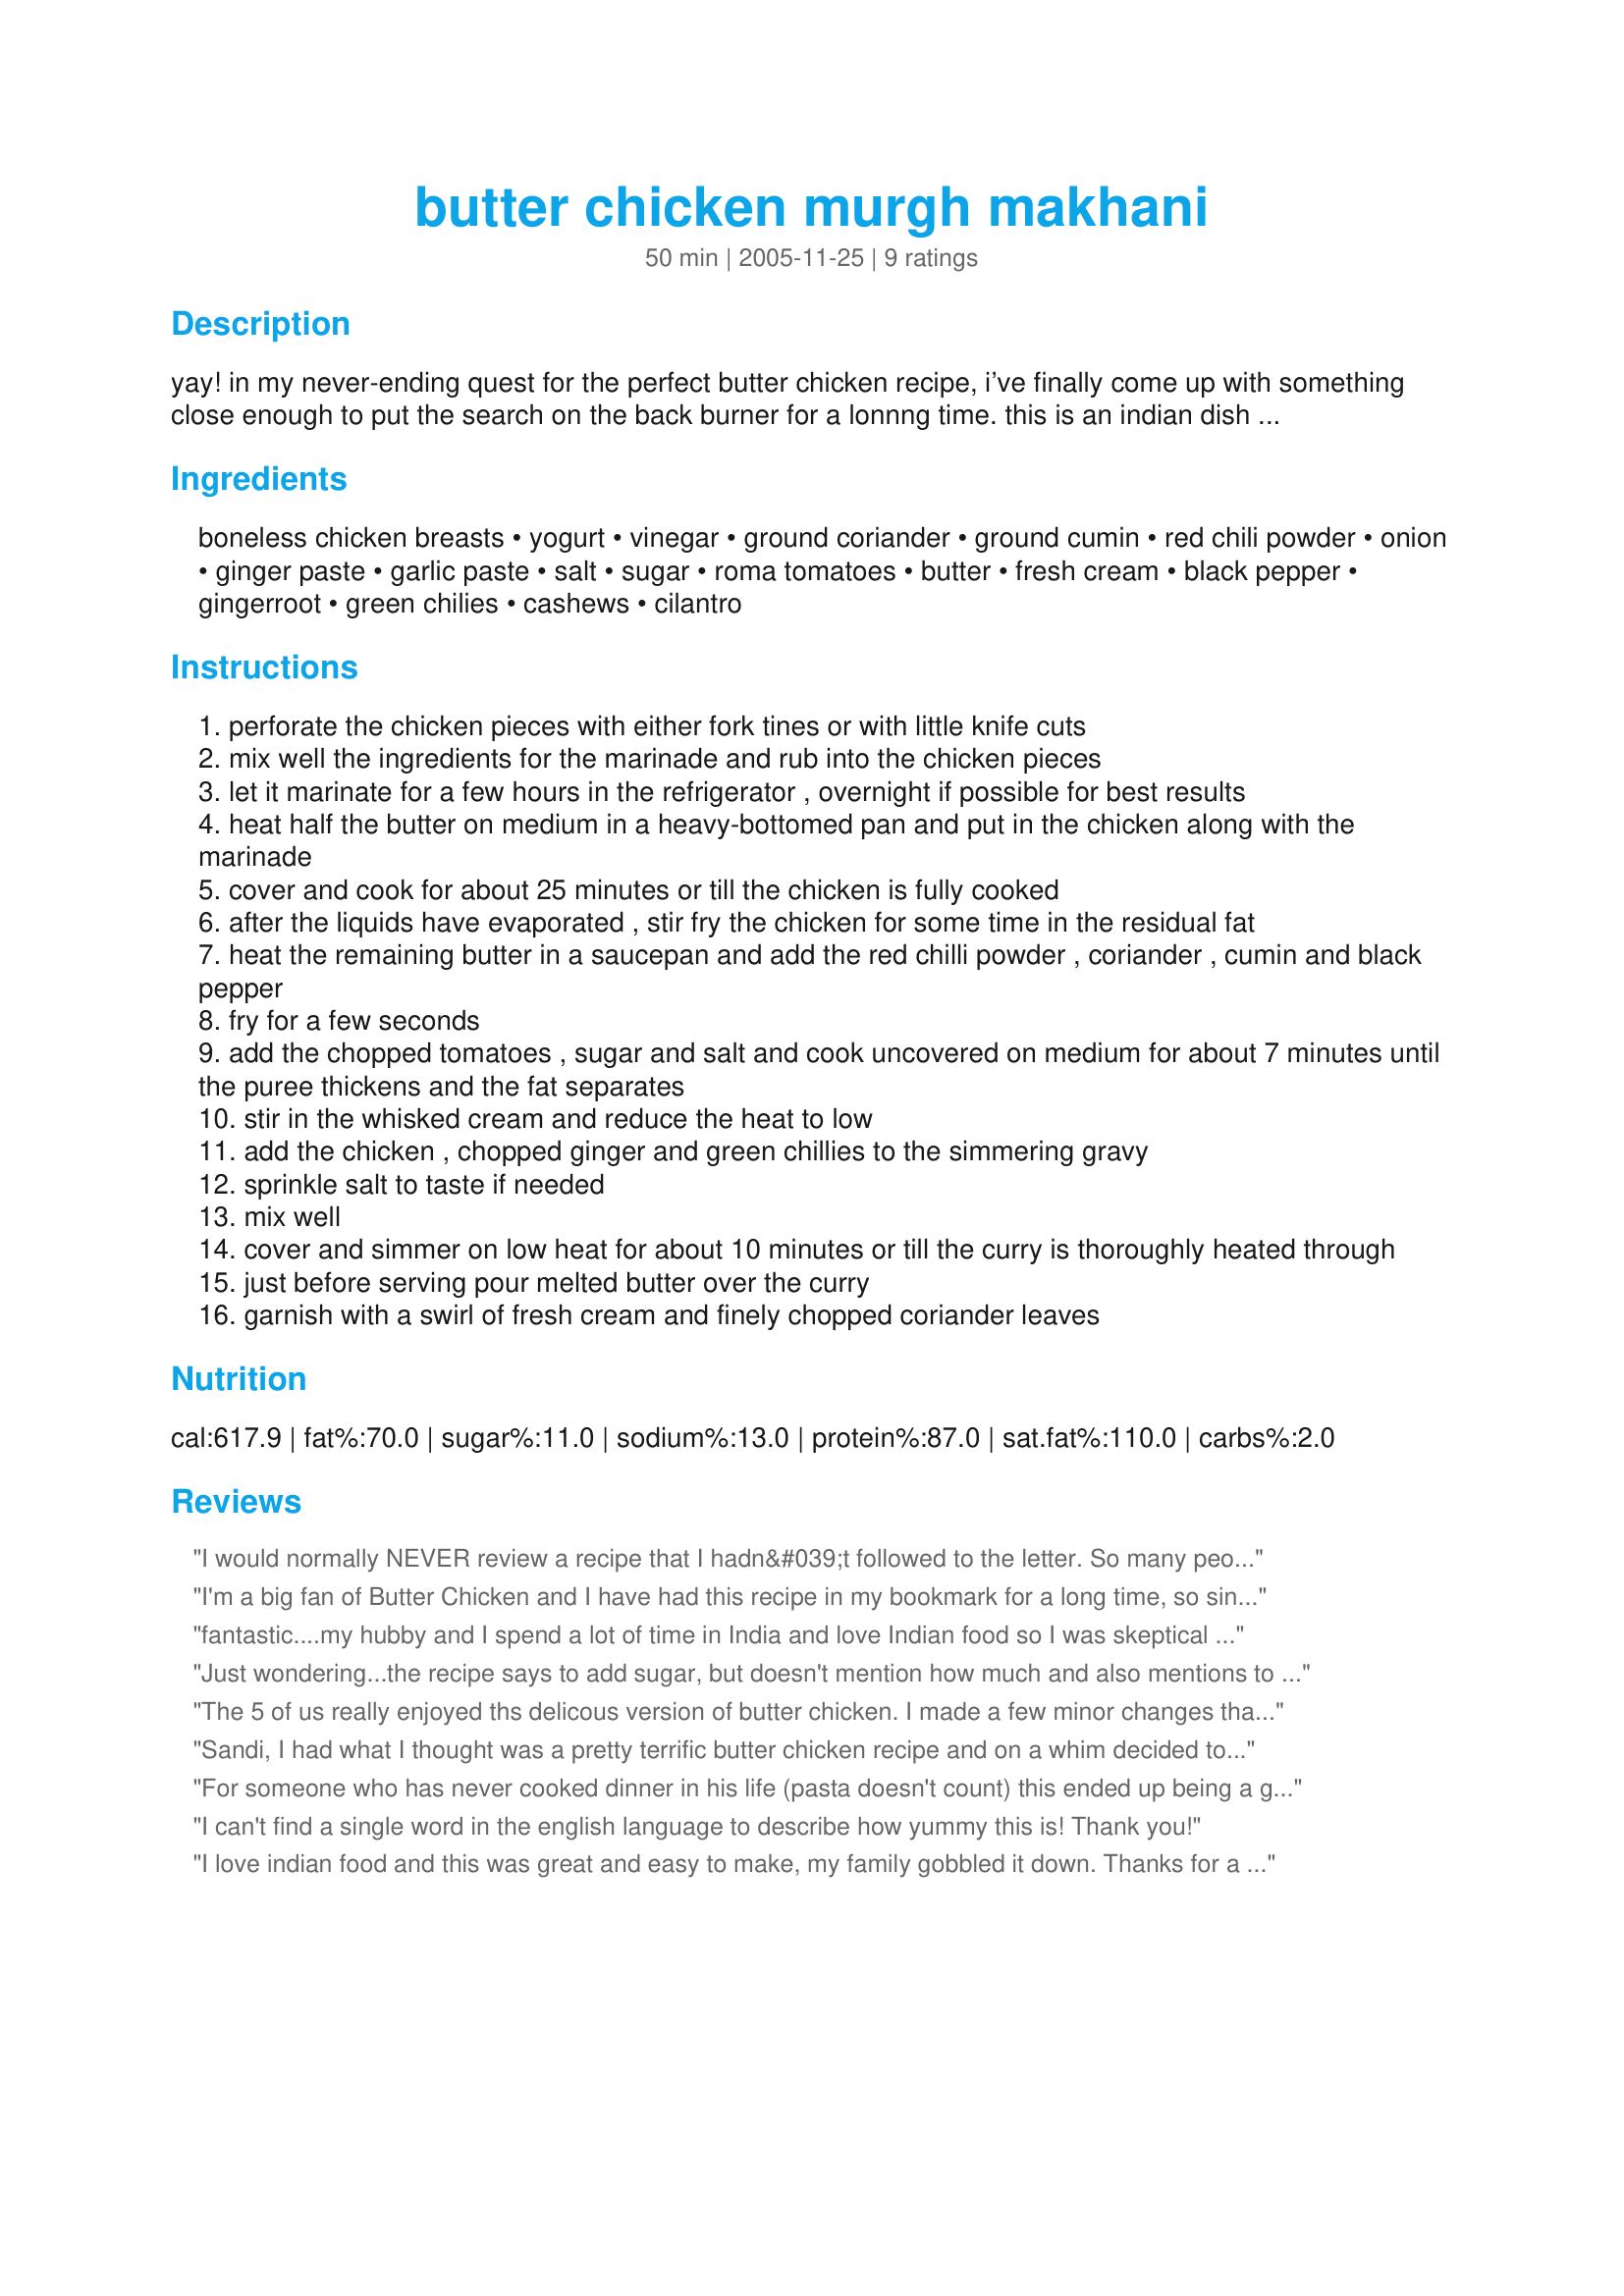
butter chicken murgh makhani
Preparation time: 50 minutes

yay! in my never-ending quest for the perfect butter chicken recipe, i’ve finally come up with something close enough to put the search on the back burner for a lonnng time. this is an indian dish very popular at restaurants and is somewhat similar to chicken tikka masala, but richer. don’t let the butter content put you off. you only live once, might as well make your tongue happy! serve over fragrant basmati rice laced with green peas and with pakoras, raita and palak paneer and you’ll be in heaven! adjust the heat level with the red chilli powder. prep/cook times are approximate and do not include marination. my grateful appreciation to the chefs who pointed out my errors in typing up this recipe. they're fixed now. :)

Ingredients:
boneless chicken breasts, yogurt, vinegar, ground coriander, ground cumin, red chili powder, onion, ginger paste, garlic paste, salt, sugar, roma tomatoes, butter, fresh cream, black pepper, gingerroot, green chilies, cashews, cilantro

Steps:
perforate the chicken pieces with either fork tines or with little knife cuts
mix well the ingredients for the marinade and rub into the chicken pieces
let it marinate for a few hours in the refrigerator , overnight if possible for best results
heat half the butter on medium in a heavy-bottomed pan and put in the chicken along with the marinade
cover and cook for about 25 minutes or till the chicken is fully cooked
after the liquids have evaporated , stir fry the chicken for some time in the residual fat
heat the remaining butter in a saucepan and add the red chilli powder , coriander , cumin and black pepper
fry for a few seconds
add the chopped tomatoes , sugar and salt and cook uncovered on medium for about 7 minutes until the puree thickens and the fat separates
stir in the whisked cream and reduce the heat to low
add the chicken , chopped ginger and green chillies to the simmering gravy
sprinkle salt to taste if needed
mix well
cover and simmer on low heat for about 10 minutes or till the curry is thoroughly heated through
just before serving pour melted butter over the curry
garnish with a swirl of fresh cream and finely chopped coriander leaves

Reviews:
I would normally NEVER review a recipe that I hadn&#039;t followed to the letter. So many people make changes that end up bearing NO resemblance to the original concept. Here I will make an exception to my own rules. I have had this recipe for ages, and made several similar and whilst some vary a little, this one has a couple of ingredients that others don&#039;t and I had most in the fridge. Now let&#039;s make it clear that only a little guesswork was involved here as I have been cooking authentic Indian food for many years. The first and most startling is that the &quot;marinade&quot; when I looked at it, looked very similar to the &quot;Pataks tandoori paste&quot; that my chicken thighs had been marinating in overnight (chicken thighs is the tender meat of choice). So, in the oven they went, and part ONE sorted. Then, as mentioned by steff0566 below, I used Sour cream, as I had it there, and definitely an overdose of Paprika, It did turn out rather hot, but it all depends on what brand of chilli powder etc you have, so that is always guesswork. But other than that, a wonderful CHEAT using a tandoori mix, giving oodles of flavor and a great, authentic meal. 5 stars.
I'm a big fan of Butter Chicken and I have had this recipe in my bookmark for a long time, so since it's a cool day today I thought it would be perfect to warm us up. I followed the recipe as written but substituted the chicken breast to chicken thighs and added less chilli powder. I also skipped the garnish stage because I could wait to eat it. Thank you Sandi for a yummy dinner
fantastic....my hubby and I spend a lot of time in India and love Indian food so I was skeptical that this recipe would stack up. My step-daughter made this for us and recommended the following changes: substitute the chicken breasts with thighs; half the chili powder and substitute smoked paprika instead of cream in gravy, use sour cream; no green chilies (or maybe one that is not spicy); use lots of cilantro; and definitely use cashews. It was fantastic. I was even a bit jealous that I had not cooked it myself...lol
Just wondering...the recipe says to add sugar, but doesn't mention how much and also mentions to add beaten cream. Is it referring to beating the 1 Tbsp of cream in the gravy? Also, is original recipe for whole chicken pieces as it mentions pricking holes and making cuts in chicken. Flavor was ok, but will try again to compare to some other recipes.
The 5 of us really enjoyed ths delicous version of butter chicken. I made a few minor changes that I don't think altered the finished dish. I used tinned tomatoes and almond meal (instead of the cashews) and chicken thigh fillets (we find them moister and tastier in things like this). I cut the chicken into bite size pieces and didn't prick it as I figured they were small enough for the marinade to penetrate.
Sandi, I had what I thought was a pretty terrific butter chicken recipe and on a whim decided to try yours...very glad that I did ...mmmm (that is me remembering the taste of this fine dish) Followed your recipe exactly --- this recipe has replaced my old one. Thanks for sharing.
For someone who has never cooked dinner in his life (pasta doesn't count) this ended up being a great way to surprise my significant other with a tasty dinner for our anniversary. She said it tasted like restaurant-quality butter chicken and I agree; in fact it was better than I've had at many restaurants. However, I would recommend doubling up on the sauce as mine seemed to be non-existent when cooking was complete.
I can't find a single word in the english language to describe how yummy this is! Thank you!
I love indian food and this was great and easy to make, my family gobbled it down.

Thanks for a great chicken dish that we will have all the time.

Mark
